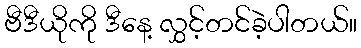
ဗီဒီယိုကို ဒီနေ့ လွှင့်တင်ခဲ့ပါတယ်။